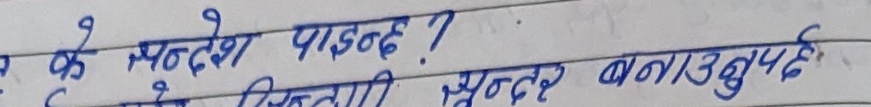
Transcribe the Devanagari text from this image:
के सन्देश पाइन्छ ?
कितनी सुन्दर बनाउनुपर्छ